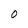
Character: 0